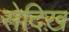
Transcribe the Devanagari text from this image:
सेदिख़